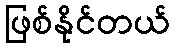
ဖြစ်နိုင်တယ်